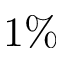
1 \%